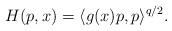
LaTeX: \begin{align*}H(p,x) = \langle g(x)p, p \rangle^{q/2}.\end{align*}